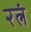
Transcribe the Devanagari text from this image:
रत्नं